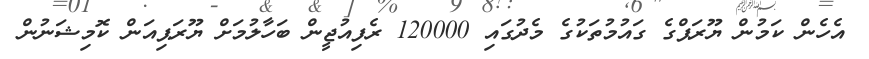
އެހެން ކަމުން ޔޫރަޕްގެ ގައުމުތަކުގެ މެދުގައި 120000 ރެފިއުޖީން ބަހާލުމަށް ޔޫރަޕިއަން ކޮމިޝަނުން